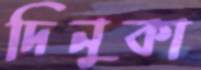
দিনুকা